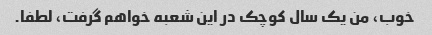
خوب، من یک سال کوچک در این شعبه خواهم گرفت، لطفا.